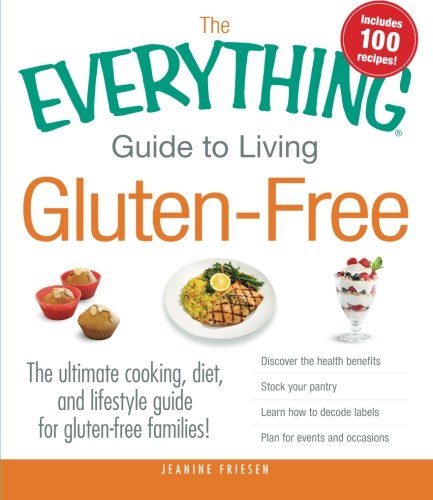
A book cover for The Everything Guide to Living Gluten-Free: The Ultimate Cooking, Diet, and Lifestyle Guide for Gluten-Free Families!; Jeanine Friesen; Health, Fitness & Dieting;